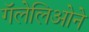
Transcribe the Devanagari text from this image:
गॅलेलिओने